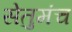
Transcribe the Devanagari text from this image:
सेतुमंच